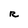
Character: R